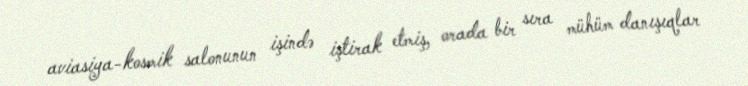
aviasiya-kosmik salonunun işində iştirak etmiş, orada bir sıra mühüm danışıqlar